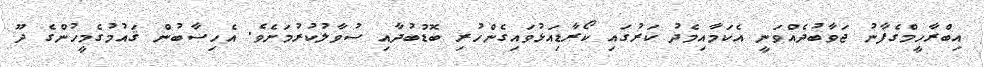
އިބްރާހީމްގެފާނު ޖަވާބުދެއްވަނީ އެކަމާއިމެދު ކަރުގައި ކޯރާޑިއަޅުވައިގެންހުރި ބޮޑުބުދާއި ސުވާލުކުރުމަށެވެ. އެހިސާބުން ޤައުމުގެމީހުންގެ ދޫ